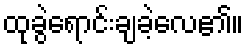
ထုခွဲရောင်းချခဲ့လေ၏။